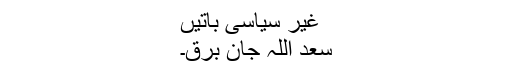
غیر سیاسی باتیں
سعد اللہ جان برق۔